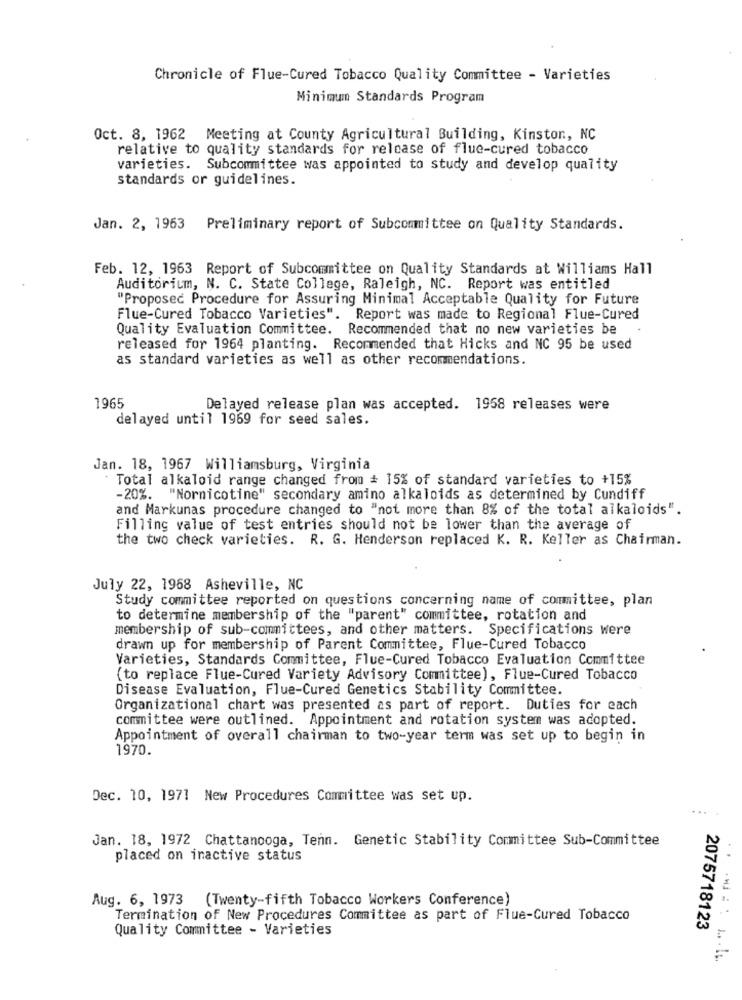
Chronicle of Flue-Cured Tobacco Quality Committee - Varieties
Minimum Standards Program
Oct. 8, 1962 Meeting at County Agricultural Building, Kinston, NC
relative to quality standards for release of flue-cured tobacco
varieties. Subcommittee was appointed to study and develop quality
standards or guidelines.
Jan. 2, 1963 Preliminary report of Subcommittee on Quality Standards.
Feb. 12, 1963 Report of Subcommittee on Quality Standards at Williams Hall
Auditorium, N. C. State College, Raleigh, NC. Report was entitled
"Proposed Procedure for Assuring Minimal Acceptable Quality for Future
Flue-Cured Tobacco Varieties". Report was made to Regional Flue-Cured
Quality Evaluation Committee. Recommended that no new varieties be
released for 1964 planting. Recommended that Hicks and NC 95 be used
as standard varieties as well as other recommendations.
1965
Delayed release plan was accepted. 1958 releases were
delayed until 1969 for seed sales.
Jan. 18, 1967 Williamsburg, Virginia
Total alkaloid range changed from # 15% of standard varieties to +15%
-20%. "Nornicotine" secondary amino alkaloids as determined by Cundiff
and Markunas procedure changed to "not more than 8% of the total alkaloids".
Filling value of test entries should not be lower than the average of
the two check varieties. R. G. Henderson replaced K. R. Keller as Chairman.
July 22, 1968 Asheville, NC
Study committee reported on questions concerning name of committee, plan
to determine membership of the "parent" committee, rotation and
membership of sub-committees, and other matters. Specifications were
drawn up for membership of Parent Committee, Flue-Cured Tobacco
Varieties, Standards Committee, Flue-Cured Tobacco Evaluation Committee
(to replace Flue-Cured Variety Advisory Committee), Flue-Cured Tobacco
Disease Evaluation, Flue-Cured Genetics Stability Committee.
Organizational chart was presented as part of report. Duties for each
committee were outlined. Appointment and rotation system was adopted.
Appointment of overall chairman to two-year term was set up to begin in
1970.
Dec. 10, 1971 New Procedures Committee was set up.
...
Jan. 18, 1972 Chattanooga, Tenn. Genetic Stability Committee Sub-Committee
placed on inactive status
Aug. 6, 1973 (Twenty-fifth Tobacco Workers Conference)
Termination of New Procedures Committee as part of Flue-Cured Tobacco
2075718123
Quality Committee - Varieties